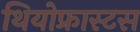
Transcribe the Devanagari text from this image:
थियोफ्रास्टस